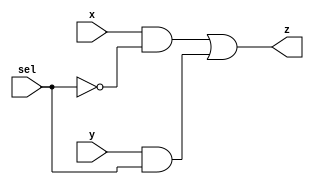
//-- MUX
    
// Design: mux using structural

module mux_1(x,y,sel,z);

    input x,y,sel;
    output z;
    
    assign z = x&(~sel) | y&sel;

endmodule

module mux2to1_nbit #(parameter WIDTH=32) (X,Y,sel,Z);
    
    input [0:(WIDTH-1)] X, Y;
    input sel;
    output [0:(WIDTH-1)] Z;
    
    genvar i;
    generate
        for (i=0; i<WIDTH; i=i+1) begin: MUX2TO1_NBIT
            // Do a mux 2 to 1 for given width in generate loop
            mux_1 MUX (
                .x(X[i]),
                .y(Y[i]),
                .sel(sel),
                .z(Z[i]));
        end
    endgenerate
endmodule


module mux2to1_277bit (X,Y,sel,Z);
    
    parameter WIDTH=277;
    input [0:(WIDTH-1)] X, Y;
    input sel;
    output [0:(WIDTH-1)] Z;
    
    genvar i;
    generate
        for (i=0; i<WIDTH; i=i+1) begin: MUX2TO1_NBIT
            // Do a mux 2 to 1 for given width in generate loop
            mux_1 MUX (
                .x(X[i]),
                .y(Y[i]),
                .sel(sel),
                .z(Z[i]));
        end
    endgenerate
endmodule


module mux2to1_251bit  (X,Y,sel,Z);

    parameter WIDTH=251;
    input [0:(WIDTH-1)] X, Y;
    input sel;
    output [0:(WIDTH-1)] Z;
    
    genvar i;
    generate
        for (i=0; i<WIDTH; i=i+1) begin: MUX2TO1_NBIT
            // Do a mux 2 to 1 for given width in generate loop
            mux_1 MUX (
                .x(X[i]),
                .y(Y[i]),
                .sel(sel),
                .z(Z[i]));
        end
    endgenerate
endmodule

module mux2to1_179bit (X,Y,sel,Z);
    
    parameter WIDTH=179;
    input [0:(WIDTH-1)] X, Y;
    input sel;
    output [0:(WIDTH-1)] Z;
    
    genvar i;
    generate
        for (i=0; i<WIDTH; i=i+1) begin: MUX2TO1_NBIT
            // Do a mux 2 to 1 for given width in generate loop
            mux_1 MUX (
                .x(X[i]),
                .y(Y[i]),
                .sel(sel),
                .z(Z[i]));
        end
    endgenerate
endmodule

module mux2to1_64bit (X,Y,sel,Z);
    
    parameter WIDTH=64;
    input [0:(WIDTH-1)] X, Y;
    input sel;
    output [0:(WIDTH-1)] Z;
    
    genvar i;
    generate
        for (i=0; i<WIDTH; i=i+1) begin: MUX2TO1_NBIT
            // Do a mux 2 to 1 for given width in generate loop
            mux_1 MUX (
                .x(X[i]),
                .y(Y[i]),
                .sel(sel),
                .z(Z[i]));
        end
    endgenerate
endmodule























module mux2to1_5bit(X,Y,sel,Z);
    
    parameter WIDTH=5;
    input [0:(WIDTH-1)] X, Y;
    input sel;
    output [0:(WIDTH-1)] Z;
    
    genvar i;
    generate
        for (i=0; i<WIDTH; i=i+1) begin: MUX2TO1_32BIT
            // Do a mux 2 to 1 for given width in generate loop
            mux_1 MUX (
                .x(X[i]),
                .y(Y[i]),
                .sel(sel),
                .z(Z[i]));
        end
    endgenerate
endmodule


// a simple 2-1 32bit mux
module mux2to1_32bit(X,Y,sel,Z);
    
    parameter WIDTH=32;
    input [0:(WIDTH-1)] X, Y;
    input sel;
    output [0:(WIDTH-1)] Z;
    
    genvar i;
    generate
        for (i=0; i<WIDTH; i=i+1) begin: MUX2TO1_32BIT
            // Do a mux 2 to 1 for given width in generate loop
            mux_1 MUX (
                .x(X[i]),
                .y(Y[i]),
                .sel(sel),
                .z(Z[i]));
        end
    endgenerate
endmodule

// a 4:1 32bit mux
module mux4to1_32bit(in0,in1,in2,in3,sel,Z);

    parameter WIDTH=32;
    parameter SEL=2;
    input [0:(WIDTH-1)] in0,in1,in2,in3;
    input [0:(SEL-1)] sel;
    output [0:(WIDTH-1)] Z;
    
    //now route in1 and in2 through one mux, and in3,in4 through another mux
    
    //need a wire to carry signals into 3rd mux
    wire [0:(WIDTH-1)] bus1;
    wire [0:(WIDTH-1)] bus2;
    
    mux2to1_32bit MUX_BUS1 (
        .X(in0),
        .Y(in1),
        .sel(sel[1]),
        .Z(bus1)
    );
    
    mux2to1_32bit MUX_BUS2 (
        .X(in2),
        .Y(in3),
        .sel(sel[1]),
        .Z(bus2)
    );
    
    //now route it through mux with select sel[1]
    
    mux2to1_32bit MUX_OUT (
        .X(bus1),
        .Y(bus2),
        .sel(sel[0]),
        .Z(Z)
    );

endmodule



// a 8:1 32bit mux
module mux8to1_32bit(in0,in1,in2,in3,in4,in5,in6,in7,sel,Z);

    parameter WIDTH=32;
    parameter SEL=3;
    input [0:(WIDTH-1)] in0,in1,in2,in3,in4,in5,in6,in7;
    input [0:(SEL-1)] sel;
    output [0:(WIDTH-1)] Z;
    
    //now route in1 and in2 through one mux, and in3,in4 through another mux
    
    //need a wire to carry signals into 3rd mux
    wire [0:(WIDTH-1)] bus1;
    wire [0:(WIDTH-1)] bus2;
    
    mux4to1_32bit MUX_BUS1 (
        .in0(in0),
        .in1(in1),
        .in2(in2),
        .in3(in3),
        .sel(sel[1:2]),
        .Z(bus1)
    );
    
    mux4to1_32bit MUX_BUS2 (
        .in0(in4),
        .in1(in5),
        .in2(in6),
        .in3(in7),
        .sel(sel[1:2]),
        .Z(bus2)
    );
    
    //now route it through mux with select sel[1]
    
    mux2to1_32bit MUX_OUT (
        .X(bus1),
        .Y(bus2),
        .sel(sel[0]),
        .Z(Z)
    );

endmodule


// a 8:1 32bit mux
module mux16to1_32bit(in0,in1,in2,in3,in4,in5,in6,in7,in8,in9,in10,in11,in12,in13,in14,in15,sel,Z);

    parameter WIDTH=32;
    parameter SEL=4;
    input [0:(WIDTH-1)] in0,in1,in2,in3,in4,in5,in6,in7,in8,in9,in10,in11,in12,in13,in14,in15;
    input [0:(SEL-1)] sel;
    output [0:(WIDTH-1)] Z;
    
    //now route in1 and in2 through one mux, and in3,in4 through another mux
    
    //need a wire to carry signals into 3rd mux
    wire [0:(WIDTH-1)] bus1;
    wire [0:(WIDTH-1)] bus2;
    
    mux8to1_32bit MUX_BUS1 (
        .in0(in0),
        .in1(in1),
        .in2(in2),
        .in3(in3),
        .in4(in4),
        .in5(in5),
        .in6(in6),
        .in7(in7),
        .sel(sel[1:3]),
        .Z(bus1)
    );
    
    mux8to1_32bit MUX_BUS2 (
        .in0(in8),
        .in1(in9),
        .in2(in10),
        .in3(in11),
        .in4(in12),
        .in5(in13),
        .in6(in14),
        .in7(in15),
        .sel(sel[1:3]),
        .Z(bus2)
    );
    
    //now route it through mux with select sel[1]
    
    mux2to1_32bit MUX_OUT (
        .X(bus1),
        .Y(bus2),
        .sel(sel[0]),
        .Z(Z)
    );

endmodule


// a 8:1 32bit mux
module mux32to1_32bit(in0,in1,in2,in3,in4,in5,in6,in7,in8,
                    in9,in10,in11,in12,in13,in14,in15,
                    in16,in17,in18,in19,in20,in21,in22,in23,in24,
                    in25,in26,in27,in28,in29,in30,in31,
                    sel,Z);

    parameter WIDTH=32;
    parameter SEL=5;
    input [0:(WIDTH-1)] in0,in1,in2,in3,in4,in5,in6,in7,in8,in9,in10,in11,in12,in13,in14,in15,in16,in17,in18,in19,in20,in21,in22,in23,in24,in25,in26,in27,in28,in29,in30,in31;
    input [0:(SEL-1)] sel;
    output [0:(WIDTH-1)] Z;
    
    //now route in1 and in2 through one mux, and in3,in4 through another mux
    
    //need a wire to carry signals into 3rd mux
    wire [0:(WIDTH-1)] bus1;
    wire [0:(WIDTH-1)] bus2;
    
    mux16to1_32bit MUX_BUS1 (
        .in0(in0),
        .in1(in1),
        .in2(in2),
        .in3(in3),
        .in4(in4),
        .in5(in5),
        .in6(in6),
        .in7(in7),
        .in8(in8),
        .in9(in9),
        .in10(in10),
        .in11(in11),
        .in12(in12),
        .in13(in13),
        .in14(in14),
        .in15(in15),
        .sel(sel[1:4]),
        .Z(bus1)
    );
    
    mux16to1_32bit MUX_BUS2 (
        .in0(in16),
        .in1(in17),
        .in2(in18),
        .in3(in19),
        .in4(in20),
        .in5(in21),
        .in6(in22),
        .in7(in23),
        .in8(in24),
        .in9(in25),
        .in10(in26),
        .in11(in27),
        .in12(in28),
        .in13(in29),
        .in14(in30),
        .in15(in31),
        .sel(sel[1:4]),
        .Z(bus2)
    );
    
    //now route it through mux with select sel[1]
    
    mux2to1_32bit MUX_OUT (
        .X(bus1),
        .Y(bus2),
        .sel(sel[0]),
        .Z(Z)
    );

endmodule